Distribution and causation of leprosy in British India
Year: 1875
Disease focus: Leprosy
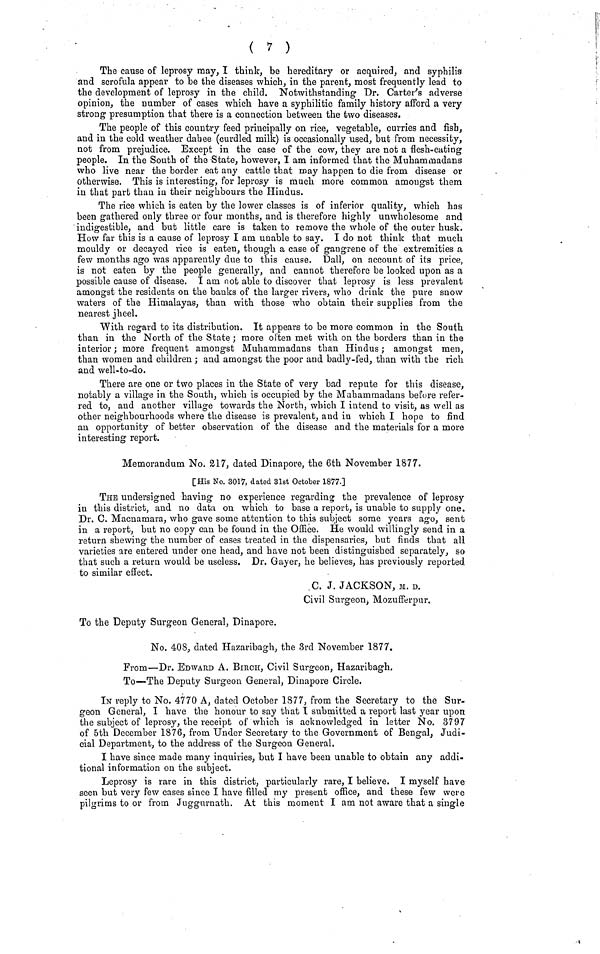
( 7 )
The cause of leprosy may, I think, be hereditary or acquired, and syphilis
and scrofula appear to be the diseases which, in the parent, most frequently lead to
the development of leprosy in the child. Notwithstanding Dr. Carter's adverse
opinion, the number of cases which have a syphilitic family history afford a very
strong presumption that there is a connection between the two diseases.
The people of this country feed principally on rice, vegetable, curries and fish,
and in the cold weather dahee (curdled milk) is occasionally used, but from necessity,
not from prejudice. Except in the case of the cow, they are not a flesh-eating
people. In the South of the State, however, I am informed that the Muhammadans
who live near the border eat any cattle that may happen to die from disease or
otherwise. This is interesting, for leprosy is much, more common amongst them
in that part than in their neighbours the Hindus.
The rice which is eaten by the lower classes is of inferior quality, which has
been gathered only three or four months, and is therefore highly unwholesome and
indigestible, and but little care is taken to remove the whole of the outer husk.
How far this is a cause of leprosy I am unable to say. I do not think that much
mouldy or decayed rice is eaten, though a case of gangrene of the extremities a
few months ago was apparently due to this cause. Dall, on account of its price,
is not eaten by the people generally, and cannot therefore be looked upon as a
possible cause of disease. I am not able to discover that leprosy is less prevalent
amongst the residents on the banks of the larger rivers, who drink the pure snow
waters of the Himalayas, than with those who obtain their supplies from the
nearest jheel.
With regard to its distribution. It appears to be more common in the South,
than in the North of the State ; more often met with on the borders than in the
interior ; more frequent amongst Muhammadans than Hindus ; amongst men,
than women and children ; and amongst the poor and badly-fed, than with the rich
and well-to-do.
There are one or two places in the State of very bad repute for this disease,
notably a village in the South, which is occupied by the Muhammadans before refer-
red to, and another village towards the North, which I intend to visit, as well as
other neighbourhoods where the disease is prevalent, and in which I hope to find
an opportunity of better observation of the disease and the materials for a more
interesting report.
Memorandum No. 217, dated Dinapore, the 6th November 1877.
[His No. 3017, dated 31st October 1877.]
THE undersigned having no experience regarding the prevalence of leprosy
in this district, and no data on which to base a report, is unable to supply one.
Dr. C. Macnamara, who gave some attention to this subject some years ago, sent
in a report, but no copy can be found in the Office. He would willingly send in a
return shewing the number of cases treated in the dispensaries, but finds that all
varieties are entered under one head, and have not been distinguished separately, so
that such a return would be useless. Dr. Gayer, he believes, has previously reported
to similar effect.
C. J. JACKSON, M. D.
Civil Surgeon, Mozufferpur.
To the Deputy Surgeon General, Dinapore.
No. 408, dated Hazaribagh, the 3rd November 1877.
From—Dr. EDWARD A. BIRCH, Civil Surgeon, Hazaribagh,
To—The Deputy Surgeon General, Dinapore Circle.
IN reply to No. 4770 A, dated October 1877, from the Secretary to the Sur-
geon General, I have the honour to say that I submitted a report last year upon
the subject of leprosy, the receipt of which is acknowledged in letter No. 3797
of 5th December 1876, from Under Secretary to the Government of Bengal, Judi-
cial Department, to the address of the Surgeon General.
I have since made many inquiries, but I have been unable to obtain any addi-
tional information on the subject.
Leprosy is rare in this district, particularly rare, I believe. I myself have
seen but very few cases since I have filled my present office, and these few were
pilgrims to or from Juggurnath. At this moment I am not aware that a single